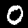
Label: 0